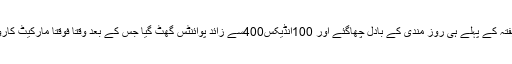
کراچی اسٹاک مارکیٹ میں گذشتہ ہفتہ کے پہلے ہی روز مندی کے بادل چھاگئے اور 100انڈیکس400سے زائد پوائنٹس گھٹ گیا جس کے بعد وقتا فوقتا مارکیٹ کاروباری اتار چڑھاؤکی زد میں رہی ۔